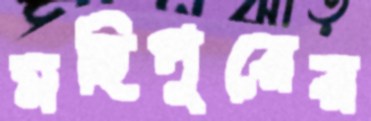
মহিপুরের